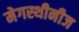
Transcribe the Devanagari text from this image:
मेगस्थीनीज